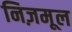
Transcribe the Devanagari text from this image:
निज़मूल